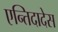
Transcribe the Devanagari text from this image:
एन्तिदादेस